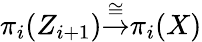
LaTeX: \pi_{i}(Z_{i+1}){\stackrel{\cong}{\to}}\pi_{i}(X)